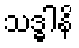
သဒ္ဓါနိ